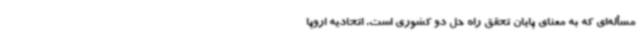
مسأله‌ای که به معنای پایان تحقق راه حل دو کشوری است. اتحادیه اروپا